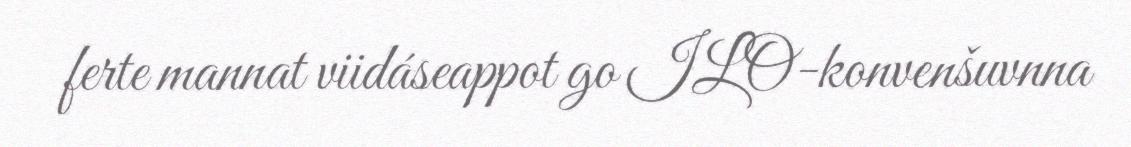
ferte mannat viidáseappot go ILO-konvenšuvnna